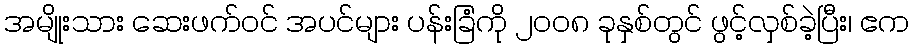
အမျိုးသား ဆေးဖက်ဝင် အပင်များ ပန်းခြံကို ၂၀၀၈ ခုနှစ်တွင် ဖွင့်လှစ်ခဲ့ပြီး၊ ဧက